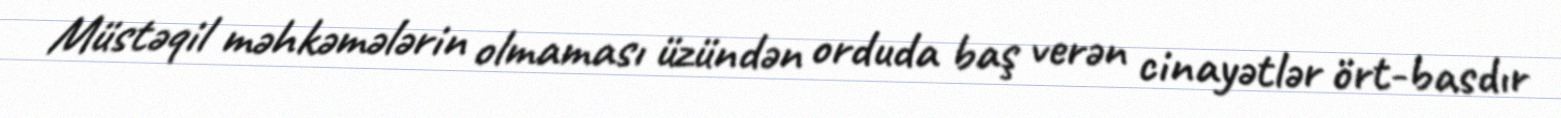
Müstəqil məhkəmələrin olmaması üzündən orduda baş verən cinayətlər ört-basdır